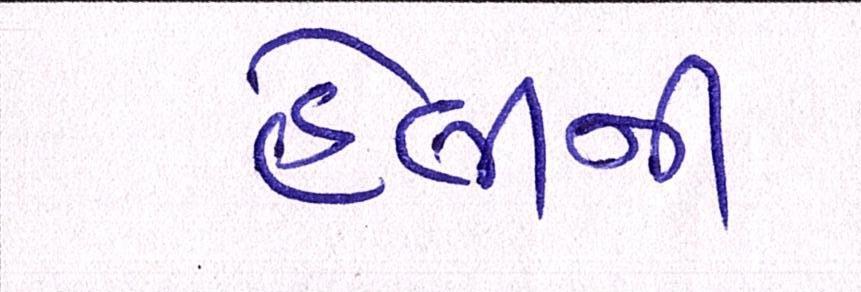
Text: હેલીની